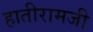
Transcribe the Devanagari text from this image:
हातीरामजी